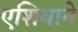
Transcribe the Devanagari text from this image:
एशियाने